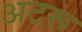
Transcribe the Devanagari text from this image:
अटरू